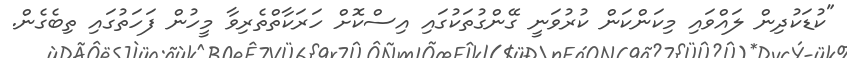
"ކުޑަކުދިން ލައްވައި މިކަންކަން ކުރުވަނީ ގޭންގުތަކުގައި އިސްކޮށް ހަރަކާތްތެރިވާ މީހުން ފަހަތުގައި ތިބެގެން.